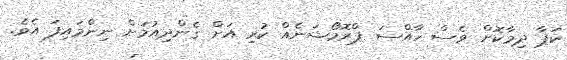
ކަޕާ ދިމާކޮށް ވެސް ހާއްސަ ޕްރޮމޯޝަނެއް ކުރި އަށް ގެންދިއުމަށް ނިންމައިފަ އެވެ.